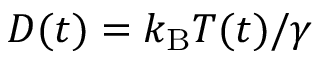
D ( t ) = k _ { \mathrm { B } } T ( t ) / \gamma